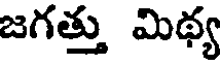
జగత్తు మిథ్య